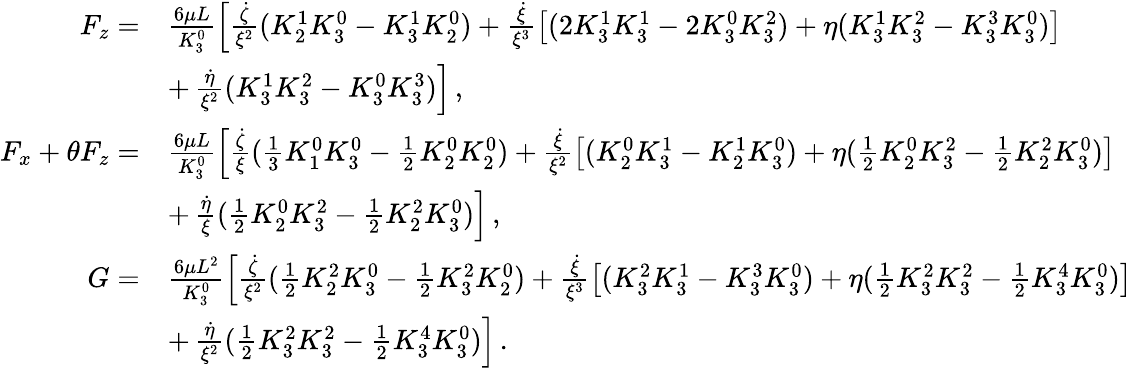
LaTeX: \begin{array}{rl}{F_{z}=}&{\frac{6\mu L}{K_{3}^{0}}\left[\frac{\dot{\zeta}}{\xi^{2}}(K_{2}^{1}K_{3}^{0}-K_{3}^{1}K_{2}^{0})+\frac{\dot{\xi}}{\xi^{3}}\left[(2K_{3}^{1}K_{3}^{1}-2K_{3}^{0}K_{3}^{2})+\eta(K_{3}^{1}K_{3}^{2}-K_{3}^{3}K_{3}^{0})\right]\right.}\\ &{+\left.\frac{\dot{\eta}}{\xi^{2}}(K_{3}^{1}K_{3}^{2}-K_{3}^{0}K_{3}^{3})\right]\, ,}\\ {F_{x}+\theta F_{z}=}&{\frac{6\mu L}{K_{3}^{0}}\left[\frac{\dot{\zeta}}{\xi}(\frac{1}{3}K_{1}^{0}K_{3}^{0}-\frac{1}{2}K_{2}^{0}K_{2}^{0})+\frac{\dot{\xi}}{\xi^{2}}\left[(K_{2}^{0}K_{3}^{1}-K_{2}^{1}K_{3}^{0})+\eta(\frac{1}{2}K_{2}^{0}K_{3}^{2}-\frac{1}{2}K_{2}^{2}K_{3}^{0})\right]\right.}\\ &{+\left.\frac{\dot{\eta}}{\xi}(\frac{1}{2}K_{2}^{0}K_{3}^{2}-\frac{1}{2}K_{2}^{2}K_{3}^{0})\right]\, ,}\\ {G=}&{\frac{6\mu L^{2}}{K_{3}^{0}}\left[\frac{\dot{\zeta}}{\xi^{2}}(\frac{1}{2}K_{2}^{2}K_{3}^{0}-\frac{1}{2}K_{3}^{2}K_{2}^{0})+\frac{\dot{\xi}}{\xi^{3}}\left[(K_{3}^{2}K_{3}^{1}-K_{3}^{3}K_{3}^{0})+\eta(\frac{1}{2}K_{3}^{2}K_{3}^{2}-\frac{1}{2}K_{3}^{4}K_{3}^{0})\right]\right.}\\ &{+\left.\frac{\dot{\eta}}{\xi^{2}}(\frac{1}{2}K_{3}^{2}K_{3}^{2}-\frac{1}{2}K_{3}^{4}K_{3}^{0})\right]\, .}\end{array}